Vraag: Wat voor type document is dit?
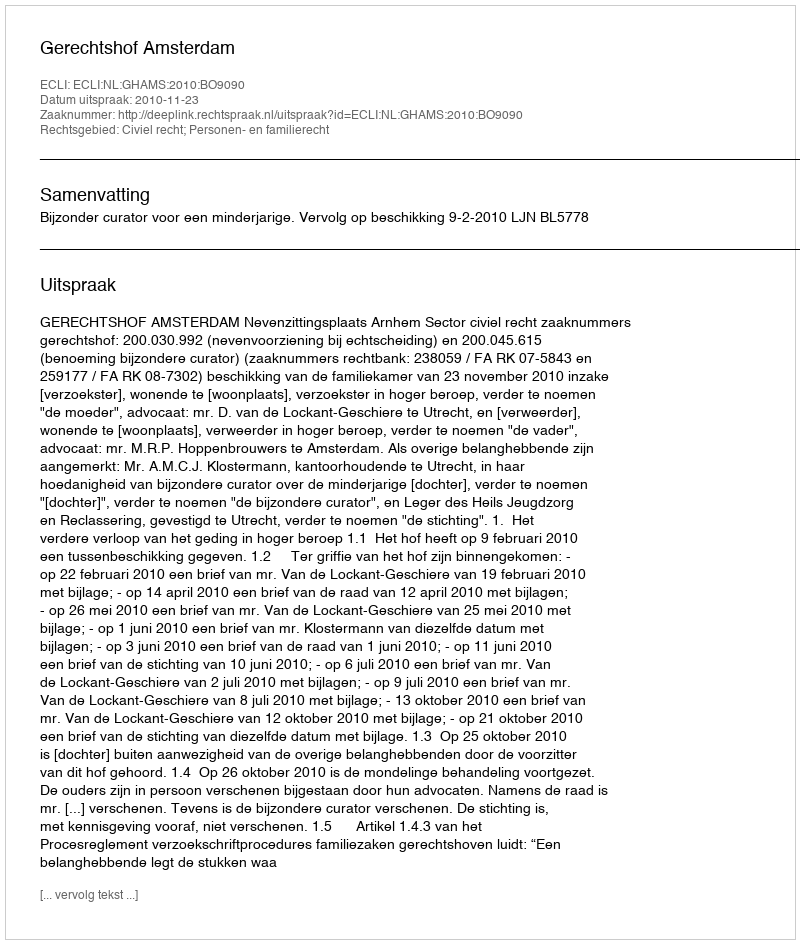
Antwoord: Uitspraak